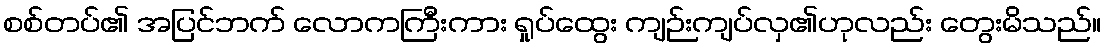
စစ်တပ်၏ အပြင်ဘက် လောကကြီးကား ရှုပ်ထွေး ကျဉ်းကျပ်လှ၏ဟုလည်း တွေးမိသည်။